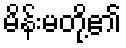
မိန်းမတို့၏